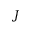
J